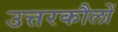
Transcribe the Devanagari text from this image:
उत्तरकौलों